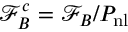
\mathcal { F } _ { B } ^ { c } = \mathcal { F } _ { B } / P _ { \mathrm { n l } }